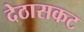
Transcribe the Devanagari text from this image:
देठासकट